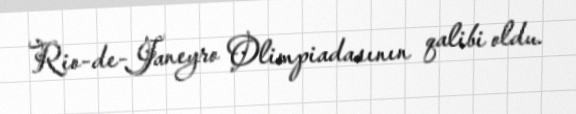
Rio-de-Janeyro Olimpiadasının qalibi oldu.